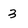
Character: 3